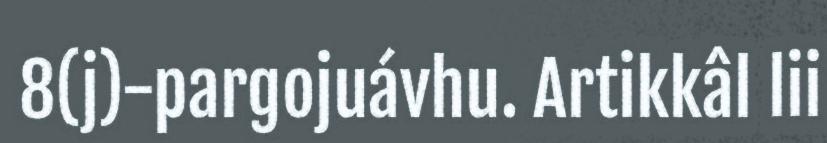
8(j)-pargojuávhu. Artikkâl lii